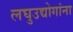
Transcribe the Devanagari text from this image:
लघुउद्योगांना